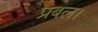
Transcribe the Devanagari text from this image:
प्रबल।